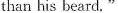
than his beard. "